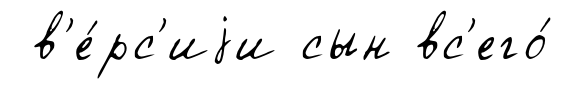
в'е́рс'иjи сын вс'его́